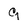
Character: 9